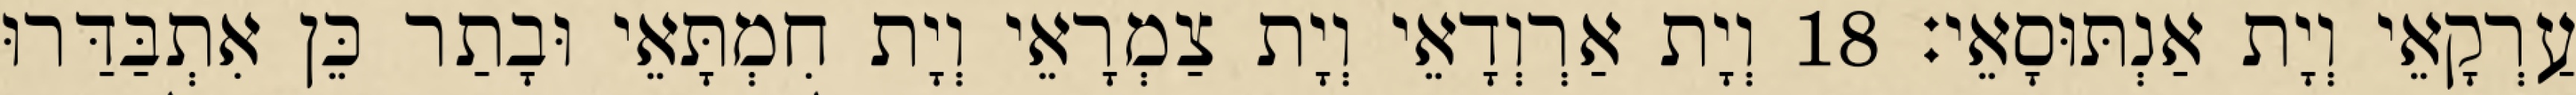
עַרְקָאֵי וְיָת אַנְתּוּסָאֵי׃ 18 וְיָת אַרְוְדָאֵי וְיָת צַמְרָאֵי וְיָת חִמְתָּאֵי וּבָתַר כֵּן אִתְבַּדַּרוּ